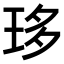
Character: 𤥀